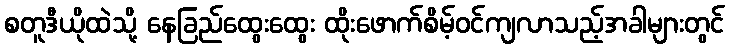
စတူဒီယိုထဲသို့ နေခြည်ထွေးထွေး ထိုးဖောက်စိမ့်ဝင်ကျလာသည့်အခါများတွင်